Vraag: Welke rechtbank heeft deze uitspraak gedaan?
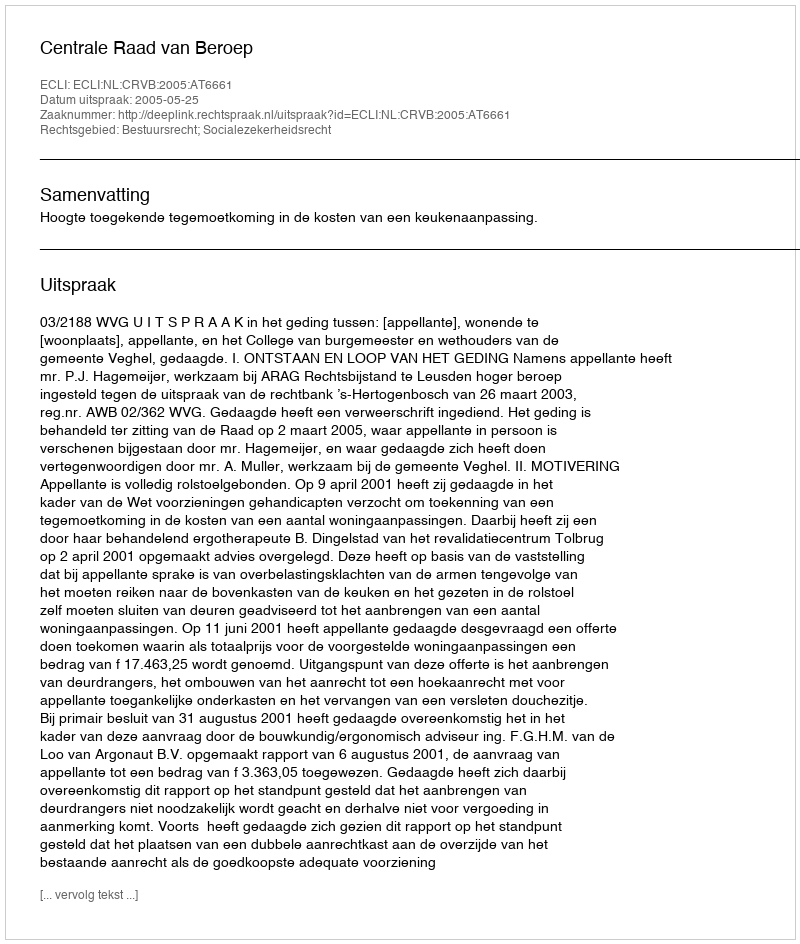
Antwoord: Centrale Raad van Beroep